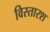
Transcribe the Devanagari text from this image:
विस्तारश